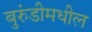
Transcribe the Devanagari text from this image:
बुरुंडीमधील